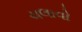
ચલાવો